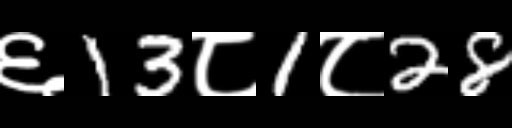
Text: ६13८1८28